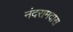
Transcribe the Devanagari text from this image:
नंदरामदास